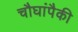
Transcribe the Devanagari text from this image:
चौघांपैकी